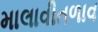
માલાવીતળાવ